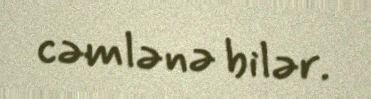
cəmlənə bilər.